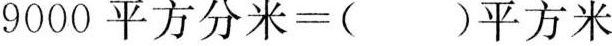
9000平方分米=( )平方米